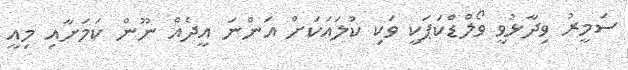
ސަމީރު ވިދާޅުވީ ވޯލްޑްކަޕަކީ ވަކި ކުލައަކަށް އަންނަ އީދެއް ނޫން ކަމަށާއި މިއީ